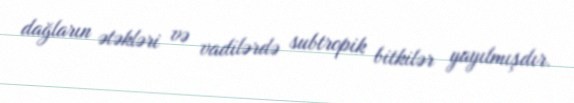
dağların ətəkləri və vadilərdə subtropik bitkilər yayılmışdır.